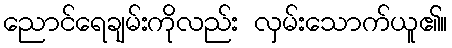
ညောင်ရေချမ်းကိုလည်း လှမ်းသောက်ယူ၏။